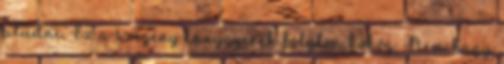
aludni. Ez a szegény lánygyerek folyton köhög. Nem hagy